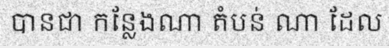
បានជា កន្លែងណា តំបន់ ណា ដែល